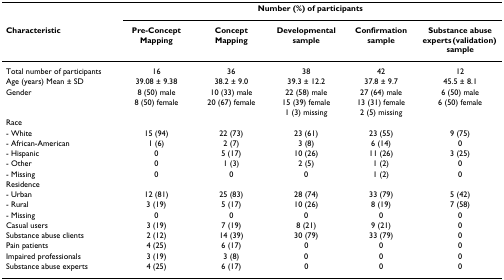
<table><thead><tr><td></td><td colspan="5"><b>Number (%) of participants</b></td></tr><tr><td><b>Characteristic</b></td><td><b>Pre-Concept Mapping</b></td><td><b>Concept Mapping</b></td><td><b>Developmental sample</b></td><td><b>Confirmation sample</b></td><td><b>Substance abuse experts (validation) sample</b></td></tr></thead><tbody><tr><td>Total number of participants</td><td>16</td><td>36</td><td>38</td><td>42</td><td>12</td></tr><tr><td>Age (years) Mean ± SD</td><td>39.08 ± 9.38</td><td>38.2 ± 9.0</td><td>39.3 ± 12.2</td><td>37.8 ± 9.7</td><td>45.5 ± 8.1</td></tr><tr><td>Gender</td><td>8 (50) male</td><td>10 (33) male</td><td>22 (58) male</td><td>27 (64) male</td><td>6 (50) male</td></tr><tr><td></td><td>8 (50) female</td><td>20 (67) female</td><td>15 (39) female</td><td>13 (31) female</td><td>6 (50) female</td></tr><tr><td></td><td></td><td></td><td>1 (3) missing</td><td>2 (5) missing</td><td></td></tr><tr><td>Race</td><td></td><td></td><td></td><td></td><td></td></tr><tr><td>- White</td><td>15 (94)</td><td>22 (73)</td><td>23 (61)</td><td>23 (55)</td><td>9 (75)</td></tr><tr><td>- African-American</td><td>1 (6)</td><td>2 (7)</td><td>3 (8)</td><td>6 (14)</td><td>0</td></tr><tr><td>- Hispanic</td><td>0</td><td>5 (17)</td><td>10 (26)</td><td>11 (26)</td><td>3 (25)</td></tr><tr><td>- Other</td><td>0</td><td>1 (3)</td><td>2 (5)</td><td>1 (2)</td><td>0</td></tr><tr><td>- Missing</td><td>0</td><td>0</td><td>0</td><td>1 (2)</td><td>0</td></tr><tr><td>Residence</td><td></td><td></td><td></td><td></td><td></td></tr><tr><td>- Urban</td><td>12 (81)</td><td>25 (83)</td><td>28 (74)</td><td>33 (79)</td><td>5 (42)</td></tr><tr><td>- Rural</td><td>3 (19)</td><td>5 (17)</td><td>10 (26)</td><td>8 (19)</td><td>7 (58)</td></tr><tr><td>- Missing</td><td>0</td><td>0</td><td>0</td><td>0</td><td>0</td></tr><tr><td>Casual users</td><td>3 (19)</td><td>7 (19)</td><td>8 (21)</td><td>9 (21)</td><td>0</td></tr><tr><td>Substance abuse clients</td><td>2 (12)</td><td>14 (39)</td><td>30 (79)</td><td>33 (79)</td><td>0</td></tr><tr><td>Pain patients</td><td>4 (25)</td><td>6 (17)</td><td>0</td><td>0</td><td>0</td></tr><tr><td>Impaired professionals</td><td>3 (19)</td><td>3 (8)</td><td>0</td><td>0</td><td>0</td></tr><tr><td>Substance abuse experts</td><td>4 (25)</td><td>6 (17)</td><td>0</td><td>0</td><td>0</td></tr></tbody></table>